Indian journal of veterinary science and animal husbandry - Volumes 26-27, 1956-1957
Year: 1956
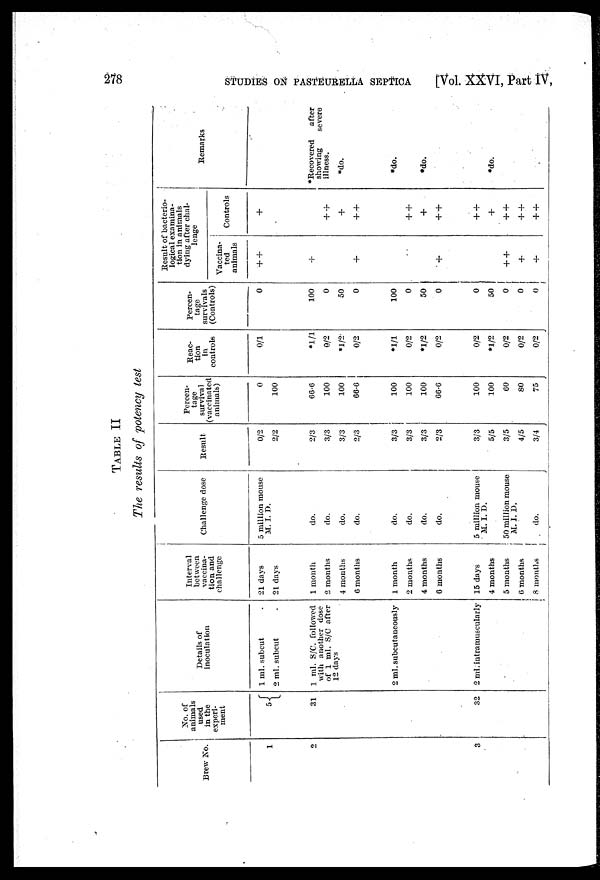
278
STUDIES
ON
PASTEURELLA SEPTICA
[Vol. XXVI, Part IV,
TABLE II
The results of potency test
Brew No.
1
2
3
No. of
animals
used
in the
experi-
ment
5
31
32
Details of
inoculation
1 ml. subcut
2 ml. subcut
1 ml. S/C. followed
with another dose
of 1 ml. S/C after
12 days
2 ml. subcutaneously
2 ml. intramuscularly
Interval
between
vaccina-
tion and
challenge
21 days
21 days
1 month
2 months
4 months
6 months
1 month
2 months
4 months
6 months
15 days
4 months
5 months
6 months
8 months
Challenge dose
5 million mouse
M. I. D.
do.
do.
do.
do.
do.
do.
do.
do.
5 million mouse
M. I. D.
50 million mouse
M. I. D.
do.
Result
0/2
2/2
2/3
3/3
3/3
2/3
3/3
3/3
3/3
2/3
3/3
5/5
3/5
4/5
3/4
Percen-
tage
survival
(vaccinated
animals)
0
100
66.0
100
100
66.6
100
100
100
66.6
100
100
60
80
75
Reac-
tion
in
controls
0/1
*1/1
0/2
*1/2
0/2
*1/1
0/2
*l/2
0/2
0/2
*l/2
0/2
0/2
0/2
Percen-
tage
survivals
(Controls)
0
100
0
50
0
100
0
50
0
0
50
0
0
0
Result of bacterio-
logical examina-
tion in animals
dying after chal-
lenge
Vaccina-
ted
animals
++
+
+
+
++
+
+
Controls
+
++
+
++
++
+
++
++
+
++
++
++
Remarks
*Recovered
after
showing
severe
illness.
*do.
*do.
*do.
*do.